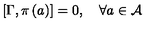
\left[ \Gamma , \pi \left( a \right) \right] = 0 , \quad \forall a \in \mathcal { A }